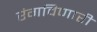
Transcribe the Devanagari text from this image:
रंगविणारी